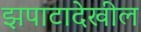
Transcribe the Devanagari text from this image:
झपाटादेखील